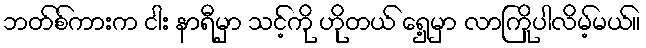
ဘတ်စ်ကားက ငါး နာရီမှာ သင့်ကို ဟိုတယ် ရှေ့မှာ လာကြိုပါလိမ့်မယ်။